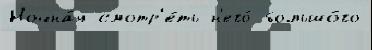
Ночна́я смотр'е́ть н'его́ большо́го